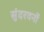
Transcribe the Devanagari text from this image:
सुंदरवनों